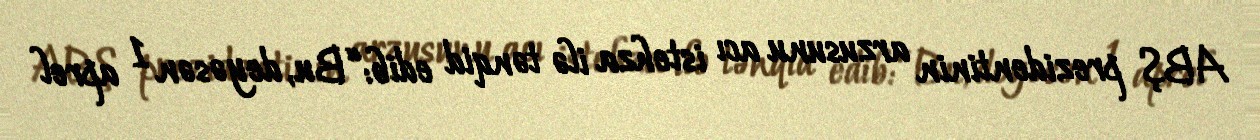
ABŞ prezidentinin arzusunu acı istehza ilə tənqid edib: “Bu, deyəsən 1 aprel